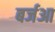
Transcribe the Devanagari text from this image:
बर्जआ